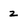
Character: z